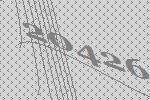
20426